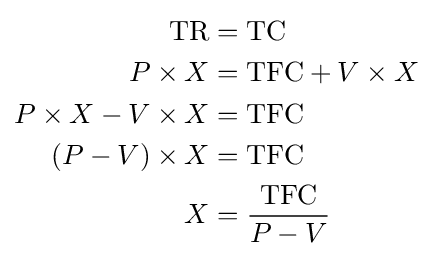
{\begin{aligned}{\text{TR}}&={\text{TC}}\\P\times X&={\text{TFC}}+V\times X\\P\times X-V\times X&={\text{TFC}}\\\left(P-V\right)\times X&={\text{TFC}}\\X&={\frac {\text{TFC}}{P-V}}\end{aligned}}